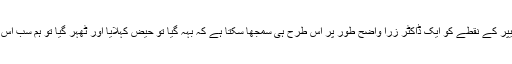
آخر میں‌ اس پیپر کے نقطے کو ایک ڈاکٹر زرا واضح‌ طور پر اس طرح‌ ہی سمجھا سکتا ہے کہ بہہ گیا تو حیض کہلایا اور ٹھہر گیا تو ہم سب اس سے بن گئے۔